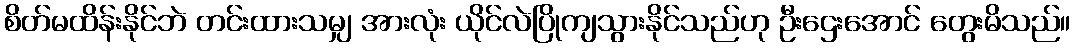
စိတ်မထိန်းနိုင်ဘဲ တင်းထားသမျှ အားလုံး ယိုင်လဲပြိုကျသွားနိုင်သည်ဟု ဦးဌေးအောင် တွေးမိသည်။